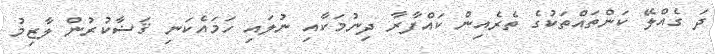
ދަ ގެއްލޭ ކަންތައްތަކުގެ ތެރެއިން ކައްފާރާ ދިނުމަކާއި ނުލައި ހަމައެކަނި ޤަޟާކުރުން ލާޒިމު